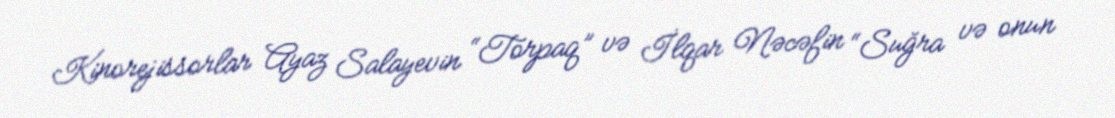
Kinorejissorlar Ayaz Salayevin “Torpaq” və İlqar Nəcəfin “Suğra və onun